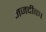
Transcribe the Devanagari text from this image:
नजदीक।